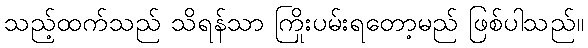
သည့်ထက်သည် သိရန်သာ ကြိုးပမ်းရတော့မည် ဖြစ်ပါသည်။